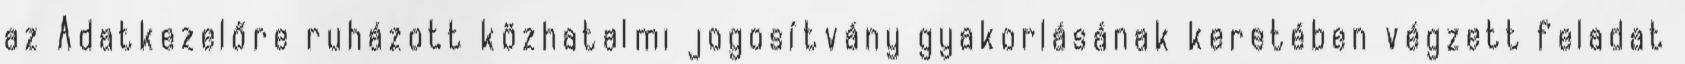
az Adatkezelőre ruházott közhatalmi jogosítvány gyakorlásának keretében végzett feladat